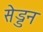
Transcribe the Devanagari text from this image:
सेड्डन